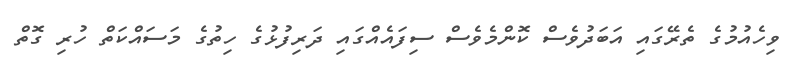
ވިހެއުމުގެ ތެރޭގައި އަބަދުވެސް ކޮންމެވެސް ސިފައެއްގައި ދަރިފުޅުގެ ހިތުގެ މަސައްކަތް ހުރި ގޮތް